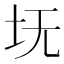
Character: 𪢸